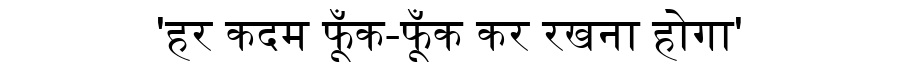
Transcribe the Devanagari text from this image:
'हर कदम फूँक-फूँक कर रखना होगा'